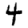
Digit: 4